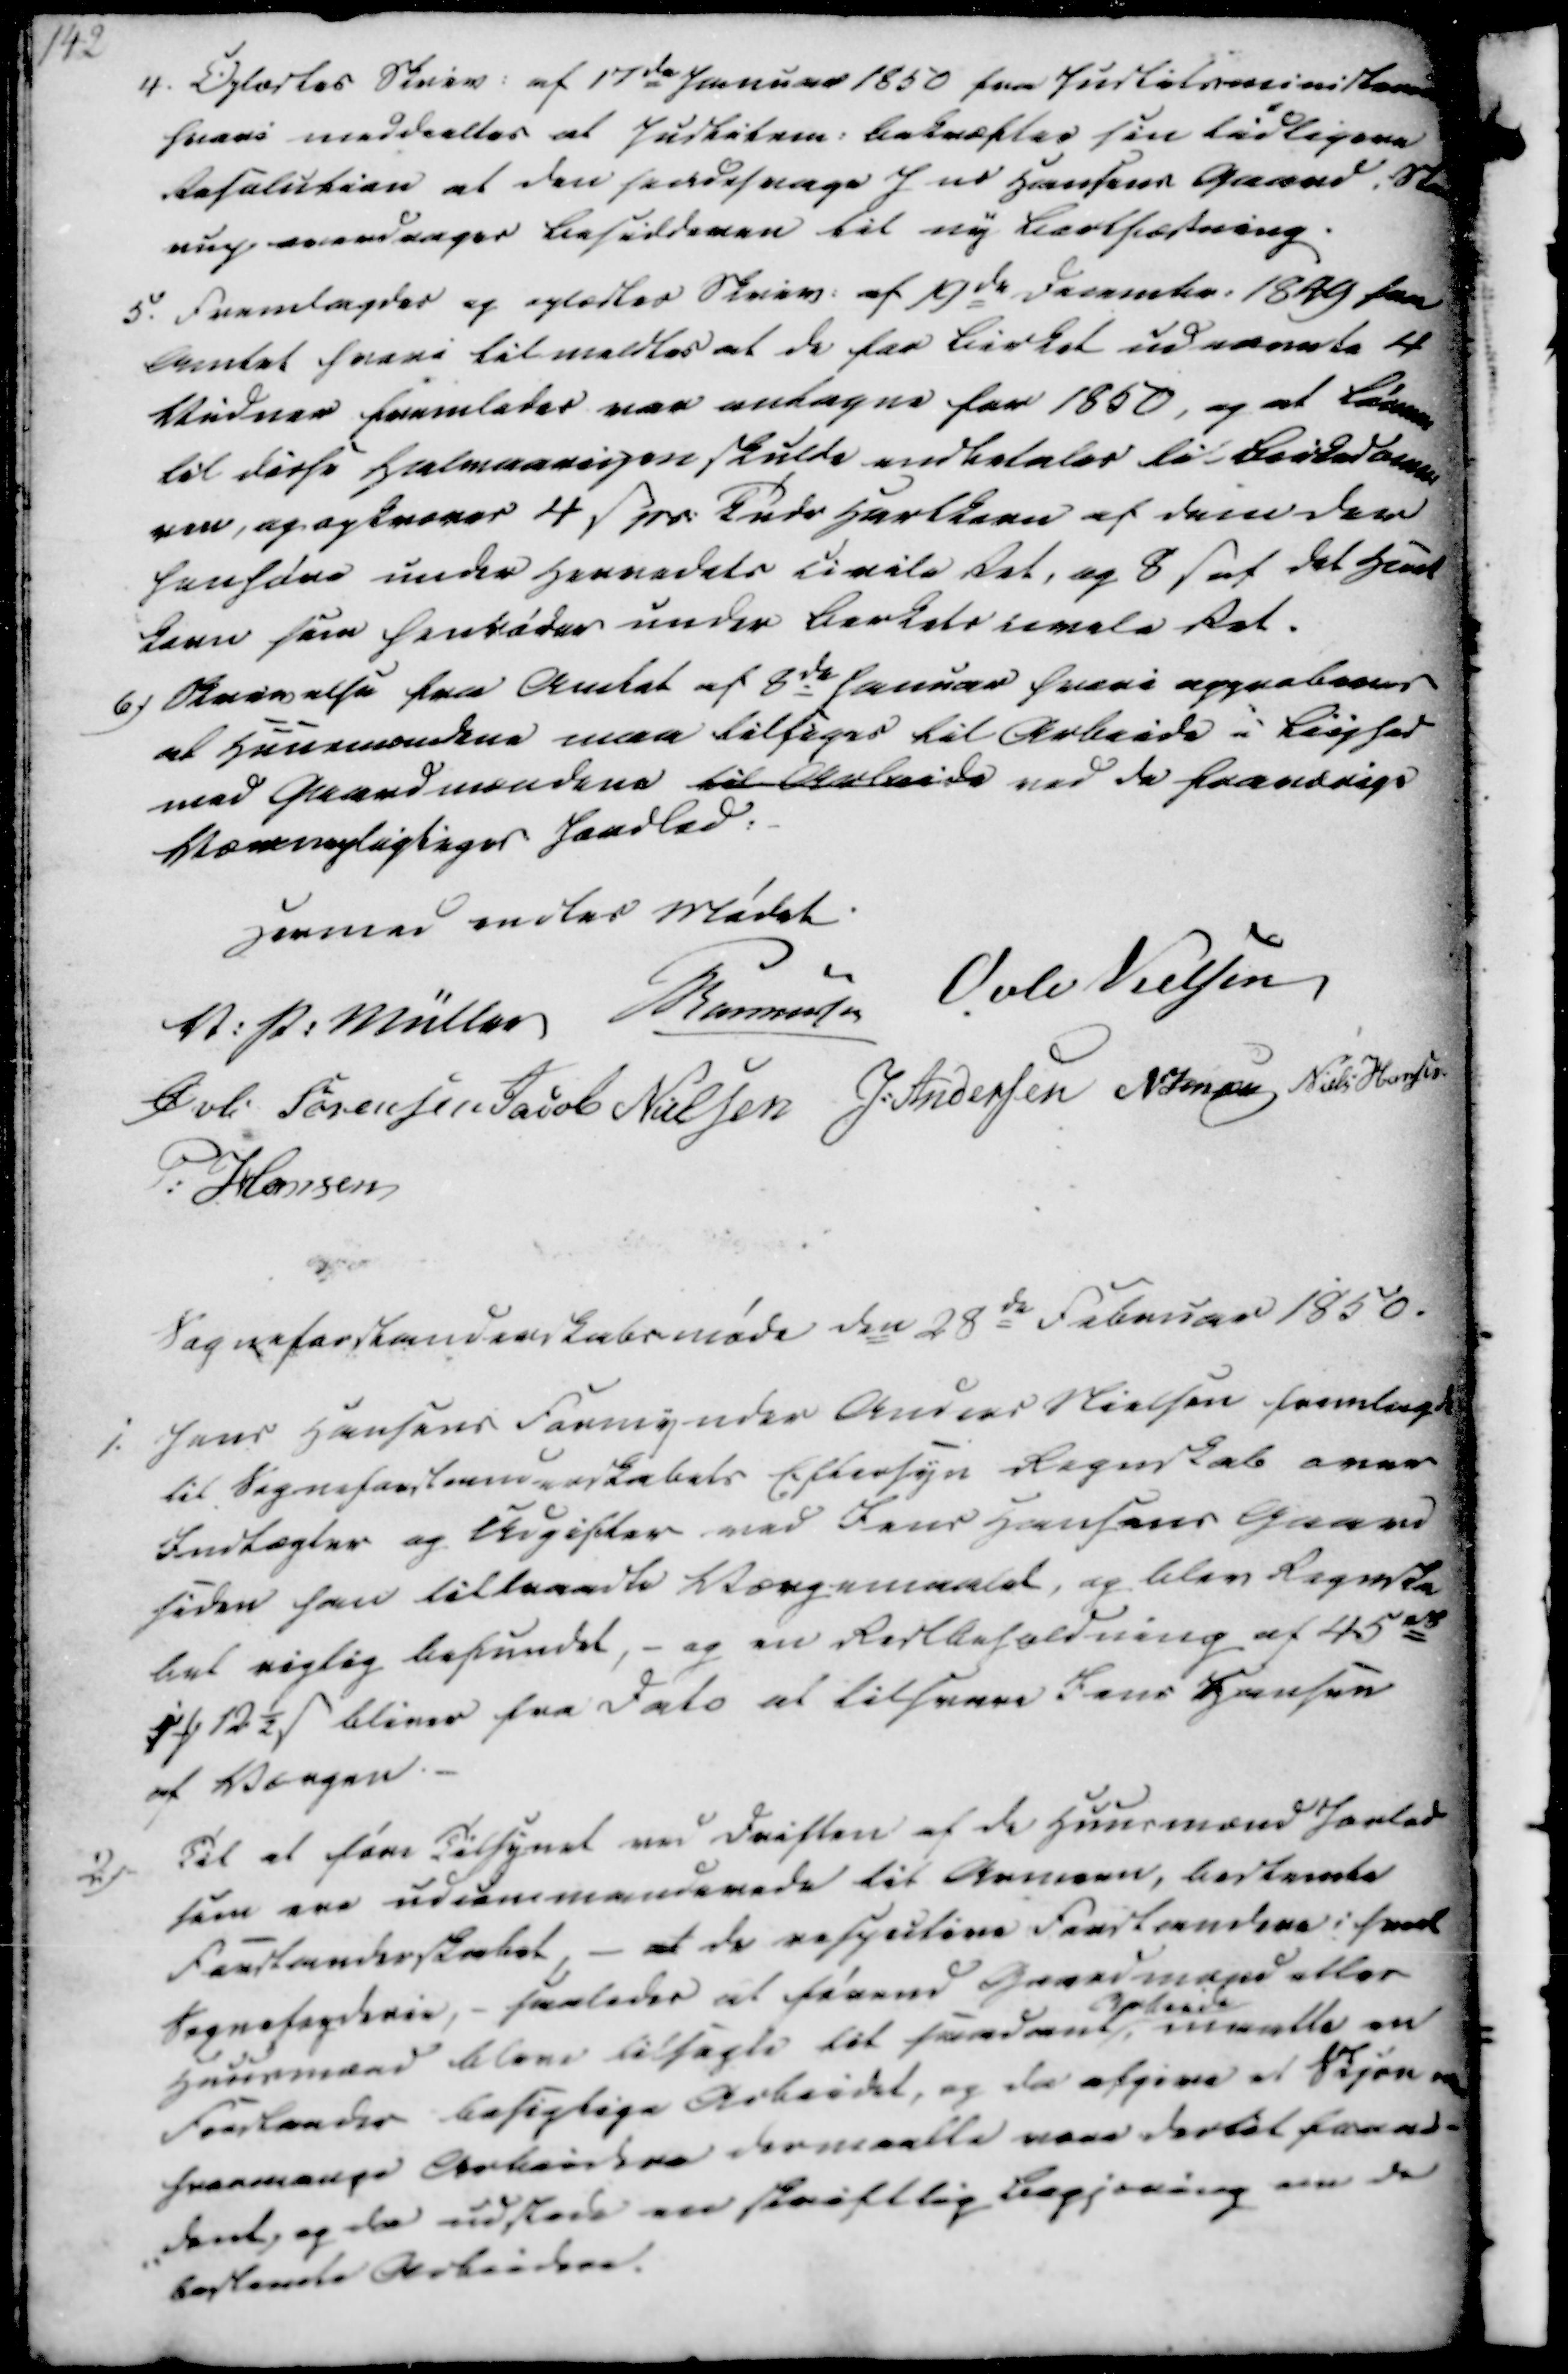
Transskription:
4. Oplæstes Skriv. af 17de Januar 1850 fra Justitsministeren
hvori meddeeltes at Justitsm. bekræfter sin tidligere
Resolution at den sindssvage J ns Hansens Gaard i Sta
rup overdrages Besidderen til ny Bortfæstning.
5. Fremlagdes og oplæstes Skriv. af 19de Decembr. 1849 fra
Amtet hvori tilmeldtes at de for Birket udnævnte 4
Vidner fremledes var antagne for 1850, og at Lønnen
til disse Halvaaringen skulde endbetales til Birkedomme-
ren, og opkræves 4 ẞ pr. Tndr Hartkorn af dem der
henhøre under Herredets civile Ret, og 8 ẞ af det Hart
korn som henrøder under Berkets umele Ret.
6) Skrivelse fra Amtet af 8de Januar hvori approberes
at Huusmændene maa tilsiges til Arbeide i Liighed
med Gaardmændene til Arbeide ved de fraværige
Værnepligtiges Jordlod.

Hermed endtes Mødet
V. P. Müller
Rasmussen
Øvle Nielsen
Øvli Sørensen
Jacob Nielsen
J. Andersen
N Jensen
Niels Hansen
P. Hansen

Sogneforstanderskabsmøde den 28de Februar 1850.
1. Jens Hansens Formynder Anders Nielsen fremlagde
til Sogneforstanderskabets Eftersyn Regnskab over
Indtægter og Udgifter ved Jens Hansens Gaard
siden han tiltraadte Værgemaalet, og blev Regnska
bet rigtig befundet, - og en Restbeholdning af 45 rd
1 ₻ 12½ ẞ bliver fra Dato at tilsvare Jens Hansen
af Værgen.
2)
Til at føre Tilsynet med Driften af de Huusmænd Jorlod
som ere udcommanderede til Armeen, bestemte
Forstanderskabet, - at de respective Forstandere i hvert
Sognefogderie, - saaledes at førend Gaardmænd eller
Huusmænd bleve tillagte til saadant
Arbeide
maatte en
Forstander besigtige Arbeidet, og da afgive et Skjøn
hvormange Arbeidere der maatte være dertil forad-
-dent, og da udstede en skriftlig Begjæring om de
bestemte Arbeidere.